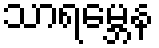
သာရမ္ဘေန